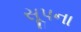
સૂપના